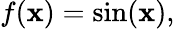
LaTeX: f(\mathbf{x})=\sin(\mathbf{x}),